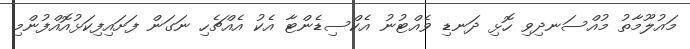
މައުލޫމާތު މުއްސަނދިވި ހޮޅި ދަނޑި ވެއްޓުނު އެކްސިޑެންޓާ އެކު އެއްޗެހި ނަގަން ފަށައިފިކަޅުއޮއްފުންމި